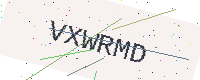
Text: VXWRMD